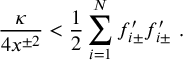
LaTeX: { \frac { \kappa } { 4 x ^ { \pm 2 } } } < { \frac { 1 } { 2 } } \sum _ { i = 1 } ^ { N } f _ { i \pm } ^ { \prime } f _ { i \pm } ^ { \prime } \ .